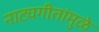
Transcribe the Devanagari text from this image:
नाट्यगीतांमुळे